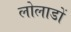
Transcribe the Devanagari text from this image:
लोलाडों